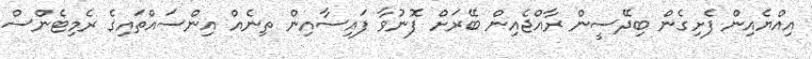
އިއްޔެއިން ފެށިގެން ބިދޭސީން ރާއްޖެއިން ބޭރަށް ފޮނުވާ ފައިސާއިން ތިނެއް އިންސައްތައިގެ ރެމިޓެންސް